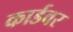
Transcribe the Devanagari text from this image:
कार्डवर